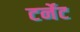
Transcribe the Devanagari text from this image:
टर्नेट